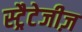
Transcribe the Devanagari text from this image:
स्ट्रैटेजीज़